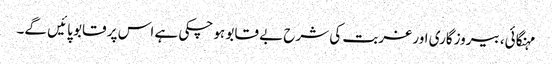
مہنگائی، بیروزگاری اور غربت کی شرح بے قابو ہو چکی ہے اس پر قابو پائیں گے۔